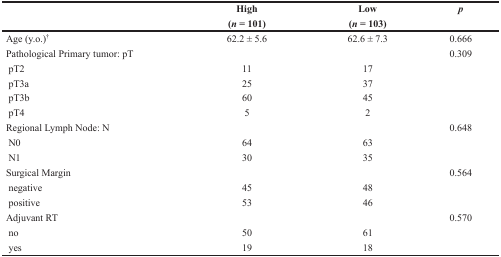
|  | High(n = 101) | Low(n = 103) | p |
 | --- | --- | --- | --- |
 | Age (y.o.)† | 62.2 ± 5.6 | 62.6 ± 7.3 | 0.666 |
 | Pathological Primary tumor: pT |  |  | 0.309 |
 | pT2 | 11 | 17 |  |
 | pT3a | 25 | 37 |  |
 | pT3b | 60 | 45 |  |
 | pT4 | 5 | 2 |  |
 | Regional Lymph Node: N |  |  | 0.648 |
 | N0 | 64 | 63 |  |
 | N1 | 30 | 35 |  |
 | Surgical Margin |  |  | 0.564 |
 | negative | 45 | 48 |  |
 | positive | 53 | 46 |  |
 | Adjuvant RT |  |  | 0.570 |
 | no | 50 | 61 |  |
 | yes | 19 | 18 |  |